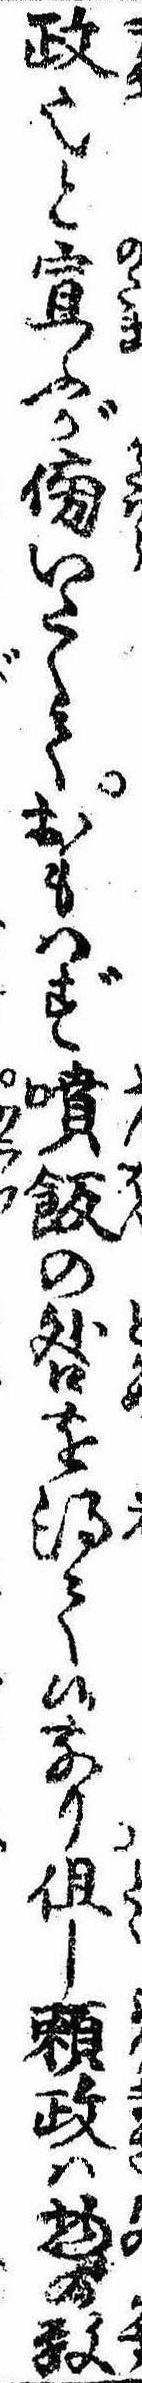
政也と宣ふが傍いたくておもはず噴飯の咎を得て候なり但し頼政は物の数